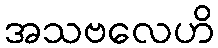
အသဗလေဟိ